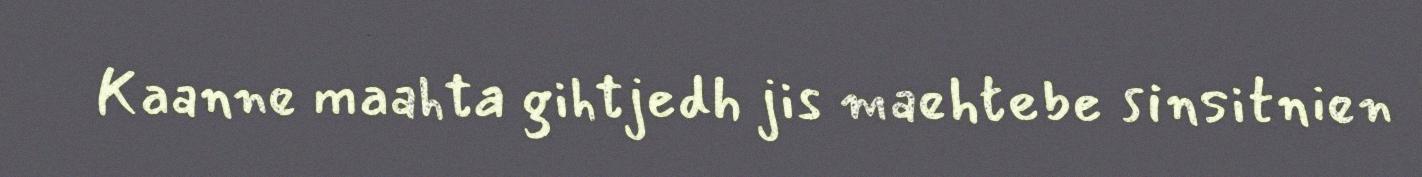
Kaanne maahta gihtjedh jis maehtebe sinsitnien